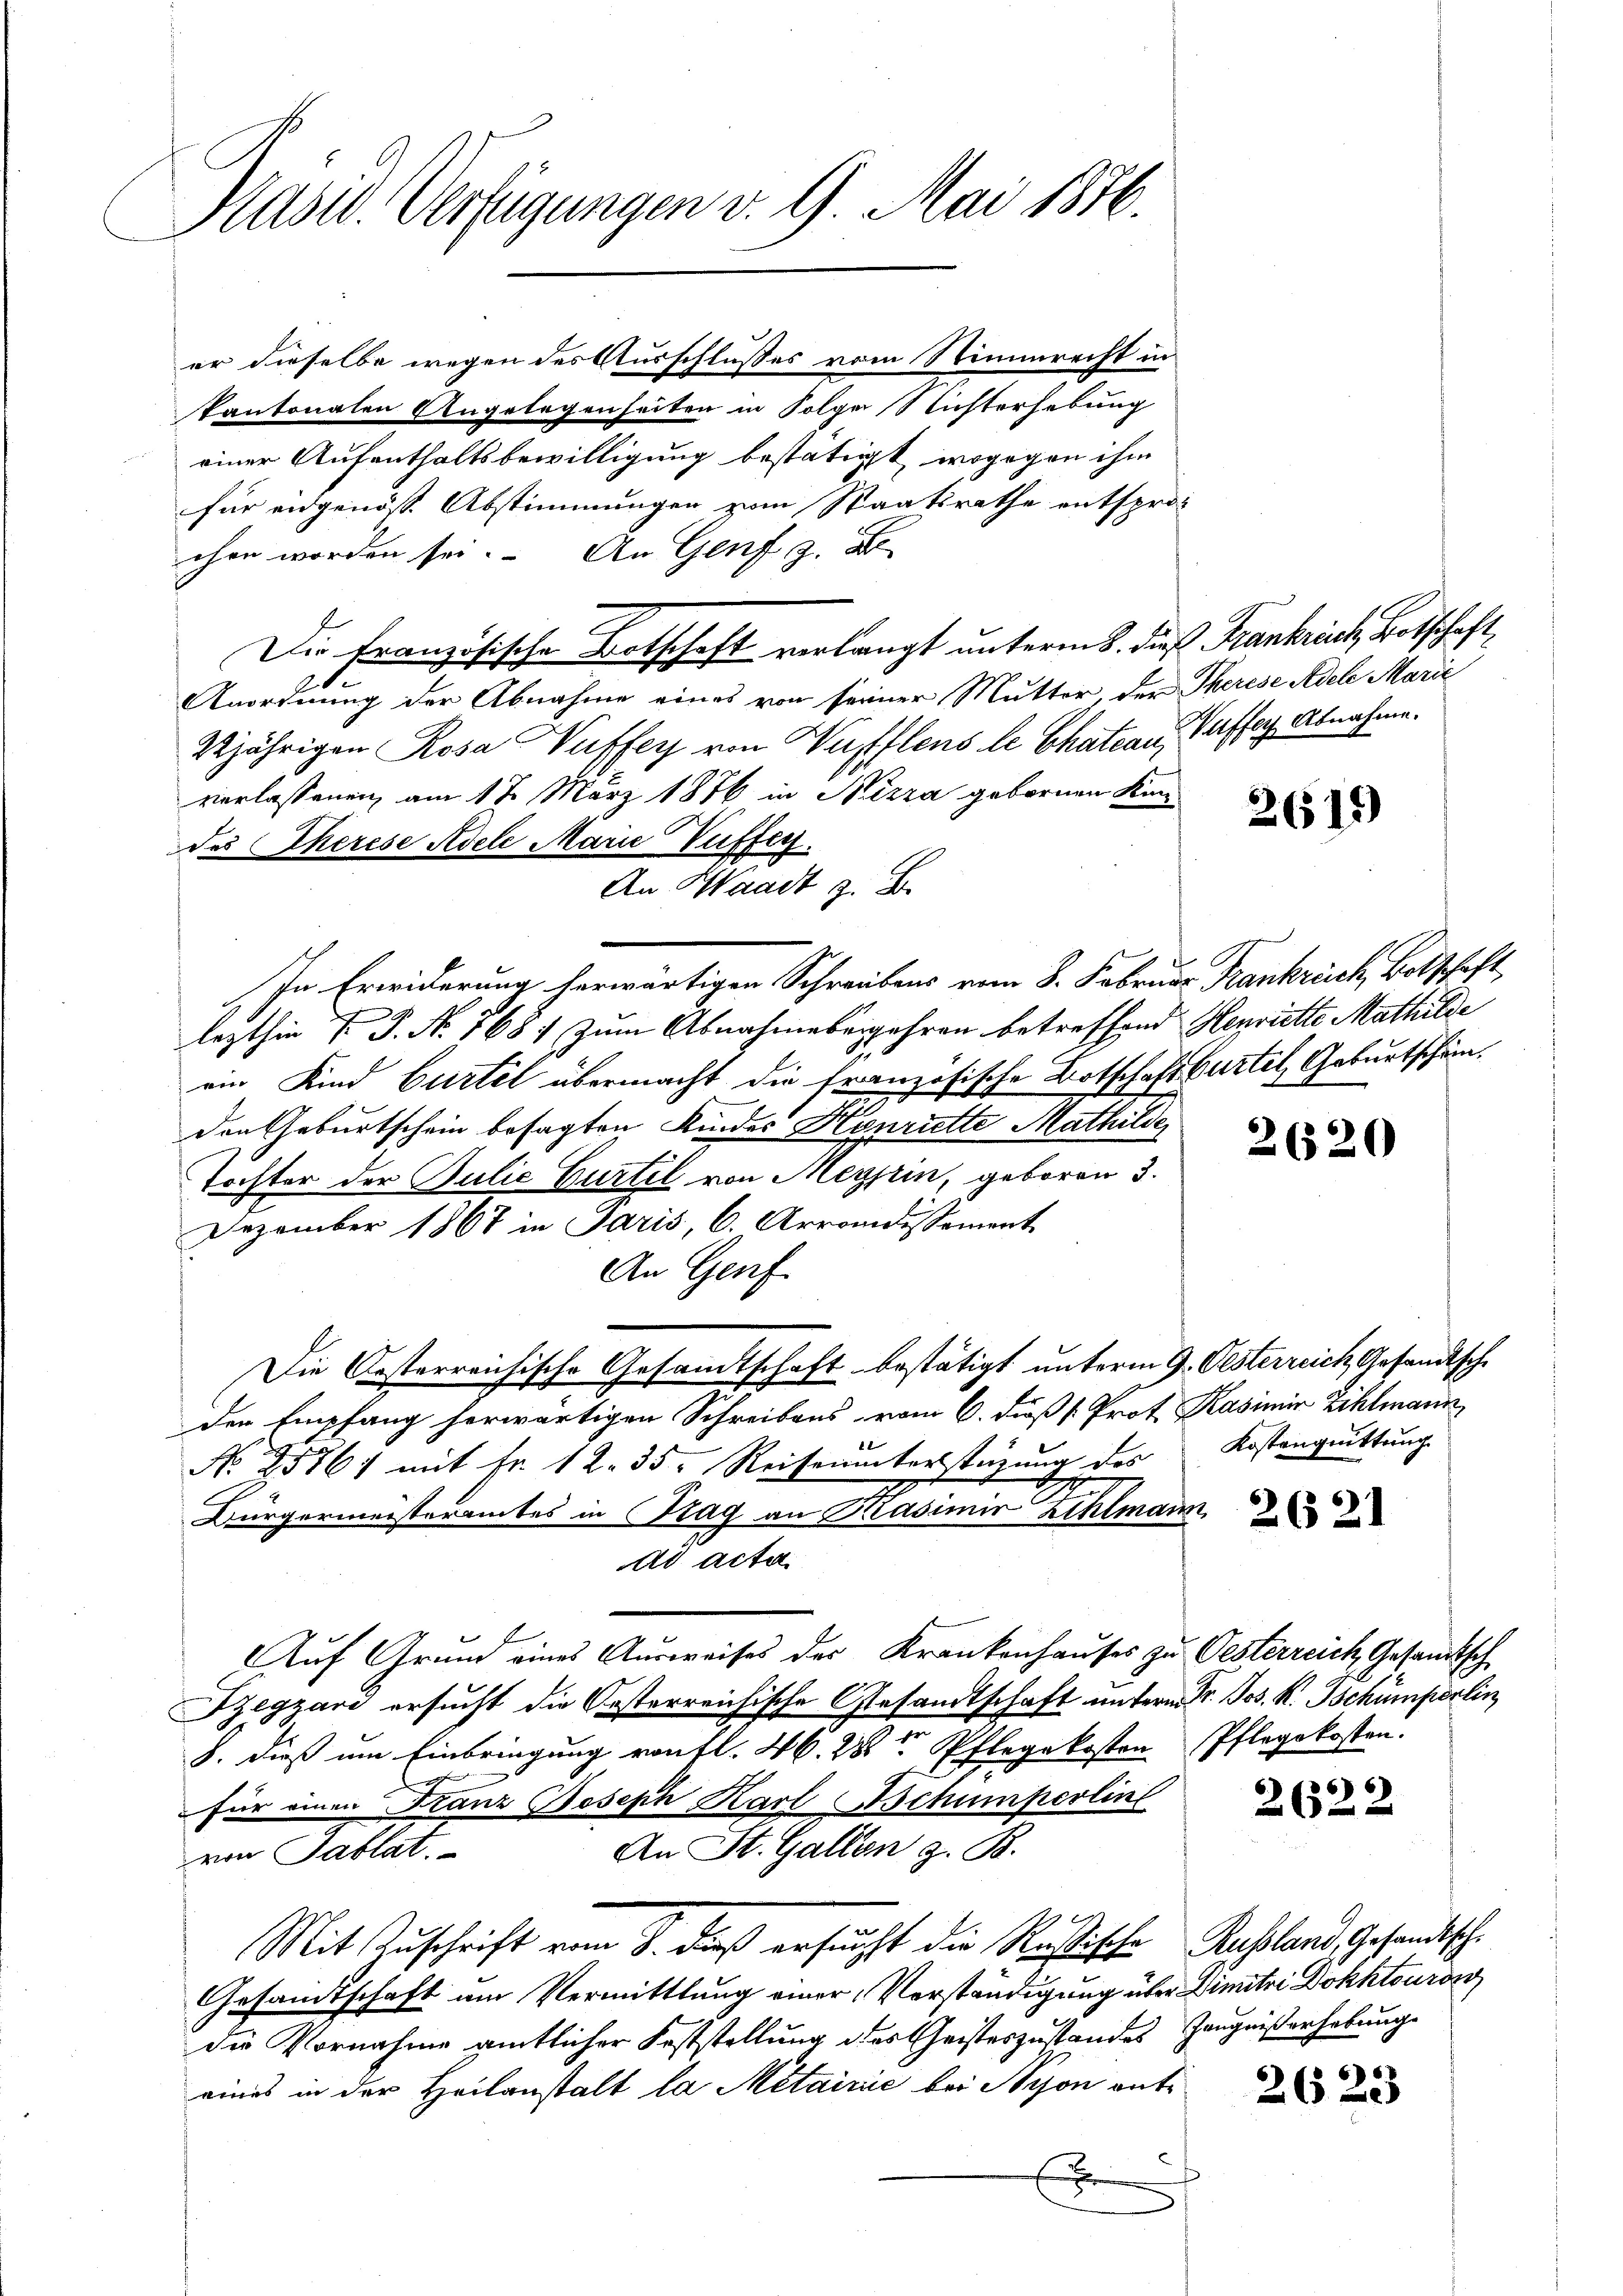
Präsid. Verfügungen v. 9. Mai 1846.

kantonalen Angelegenseiten in Folger Richterhebung
einer Aufenthaltsbewilligung bestätigt, wogegen ihm
für eidgenöss. Abstimmungen vom Staatsrathe entsproc
chen worden sei. An Genf z. B
Die Französische Botschaft verlangt unterm 8. dieß Frankrich, Botschaft,
20
Anordnung der Abnahme eines von seiner Mutter, der Therese Adele Marie
22jährigen Rosa Wuffers von Waflens le Chateau, Waffer Abnahme.
verlassenen am 17. März 1876 in Nizza gebornen Kin
Des Eherese Adele Marie Vuffen.
An Waadt z. B.
In Erwiderung herwärtigen Schreibens vom 8. Februar Krankreich, Botschaft,
lezthin 7 J. N. 168 zum Abnahmebegehren betreffend Henriette Mathilde
am Kind Gurtel übermacht die französische Botschaftsurtel Geburtschämden Geburtschein besagten Kinder Henriette Mathilde
Tochter der Julie Gurtel von Meypin, geboren 3.
Dezember 1867 in Paris, C. Arrondissement
An Genf
Die Oesterreichische Gesamtschaft bestätigt unterm 9. Oesterreich, Gesandtsche
den Empfang herwärtigen Schreibens vom 6. Fuß v. Prof. Kasimir Zihlmann
No 2576, mit Fr. 12. 35. Reiseunterstüzung des
Bürgermeisteramtes in Prag an Kasimir Zehlmann
ad acta.
Auf Grund eines Ausweises des Krankenhauses zu Oesterreich Gesandtsch
Szegzari ersucht die Oesterreichische Gesandtschaft untern Dr. Jos. R. Tschumperlin
8. dieß um Einbringung von fl. 46. 288 Pflegekosten
für einen Franz Joseph Karl Schumperline
An St. Gallen z. B.
von Tablat.
Mit Zuschrift vom 8. dieß ersucht die Rußische Russland, Gesandtsch¬
Gesandtschaft um Vermittlung einer Verständigung über Dimetri Dokktouro
die Vornahme amtlicher Feststellung des Geisteszustandes Zeugnißerhebung
eines in der Heilanstalt la Metairie bei Nyon antd

er dieselbe wegen des Ausschlusses vom Stimmrecht in

2619

2620

Kostanguittung

2622

2623

Pflegekosten.